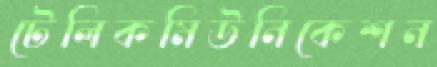
টেলিকমিউনিকেশন